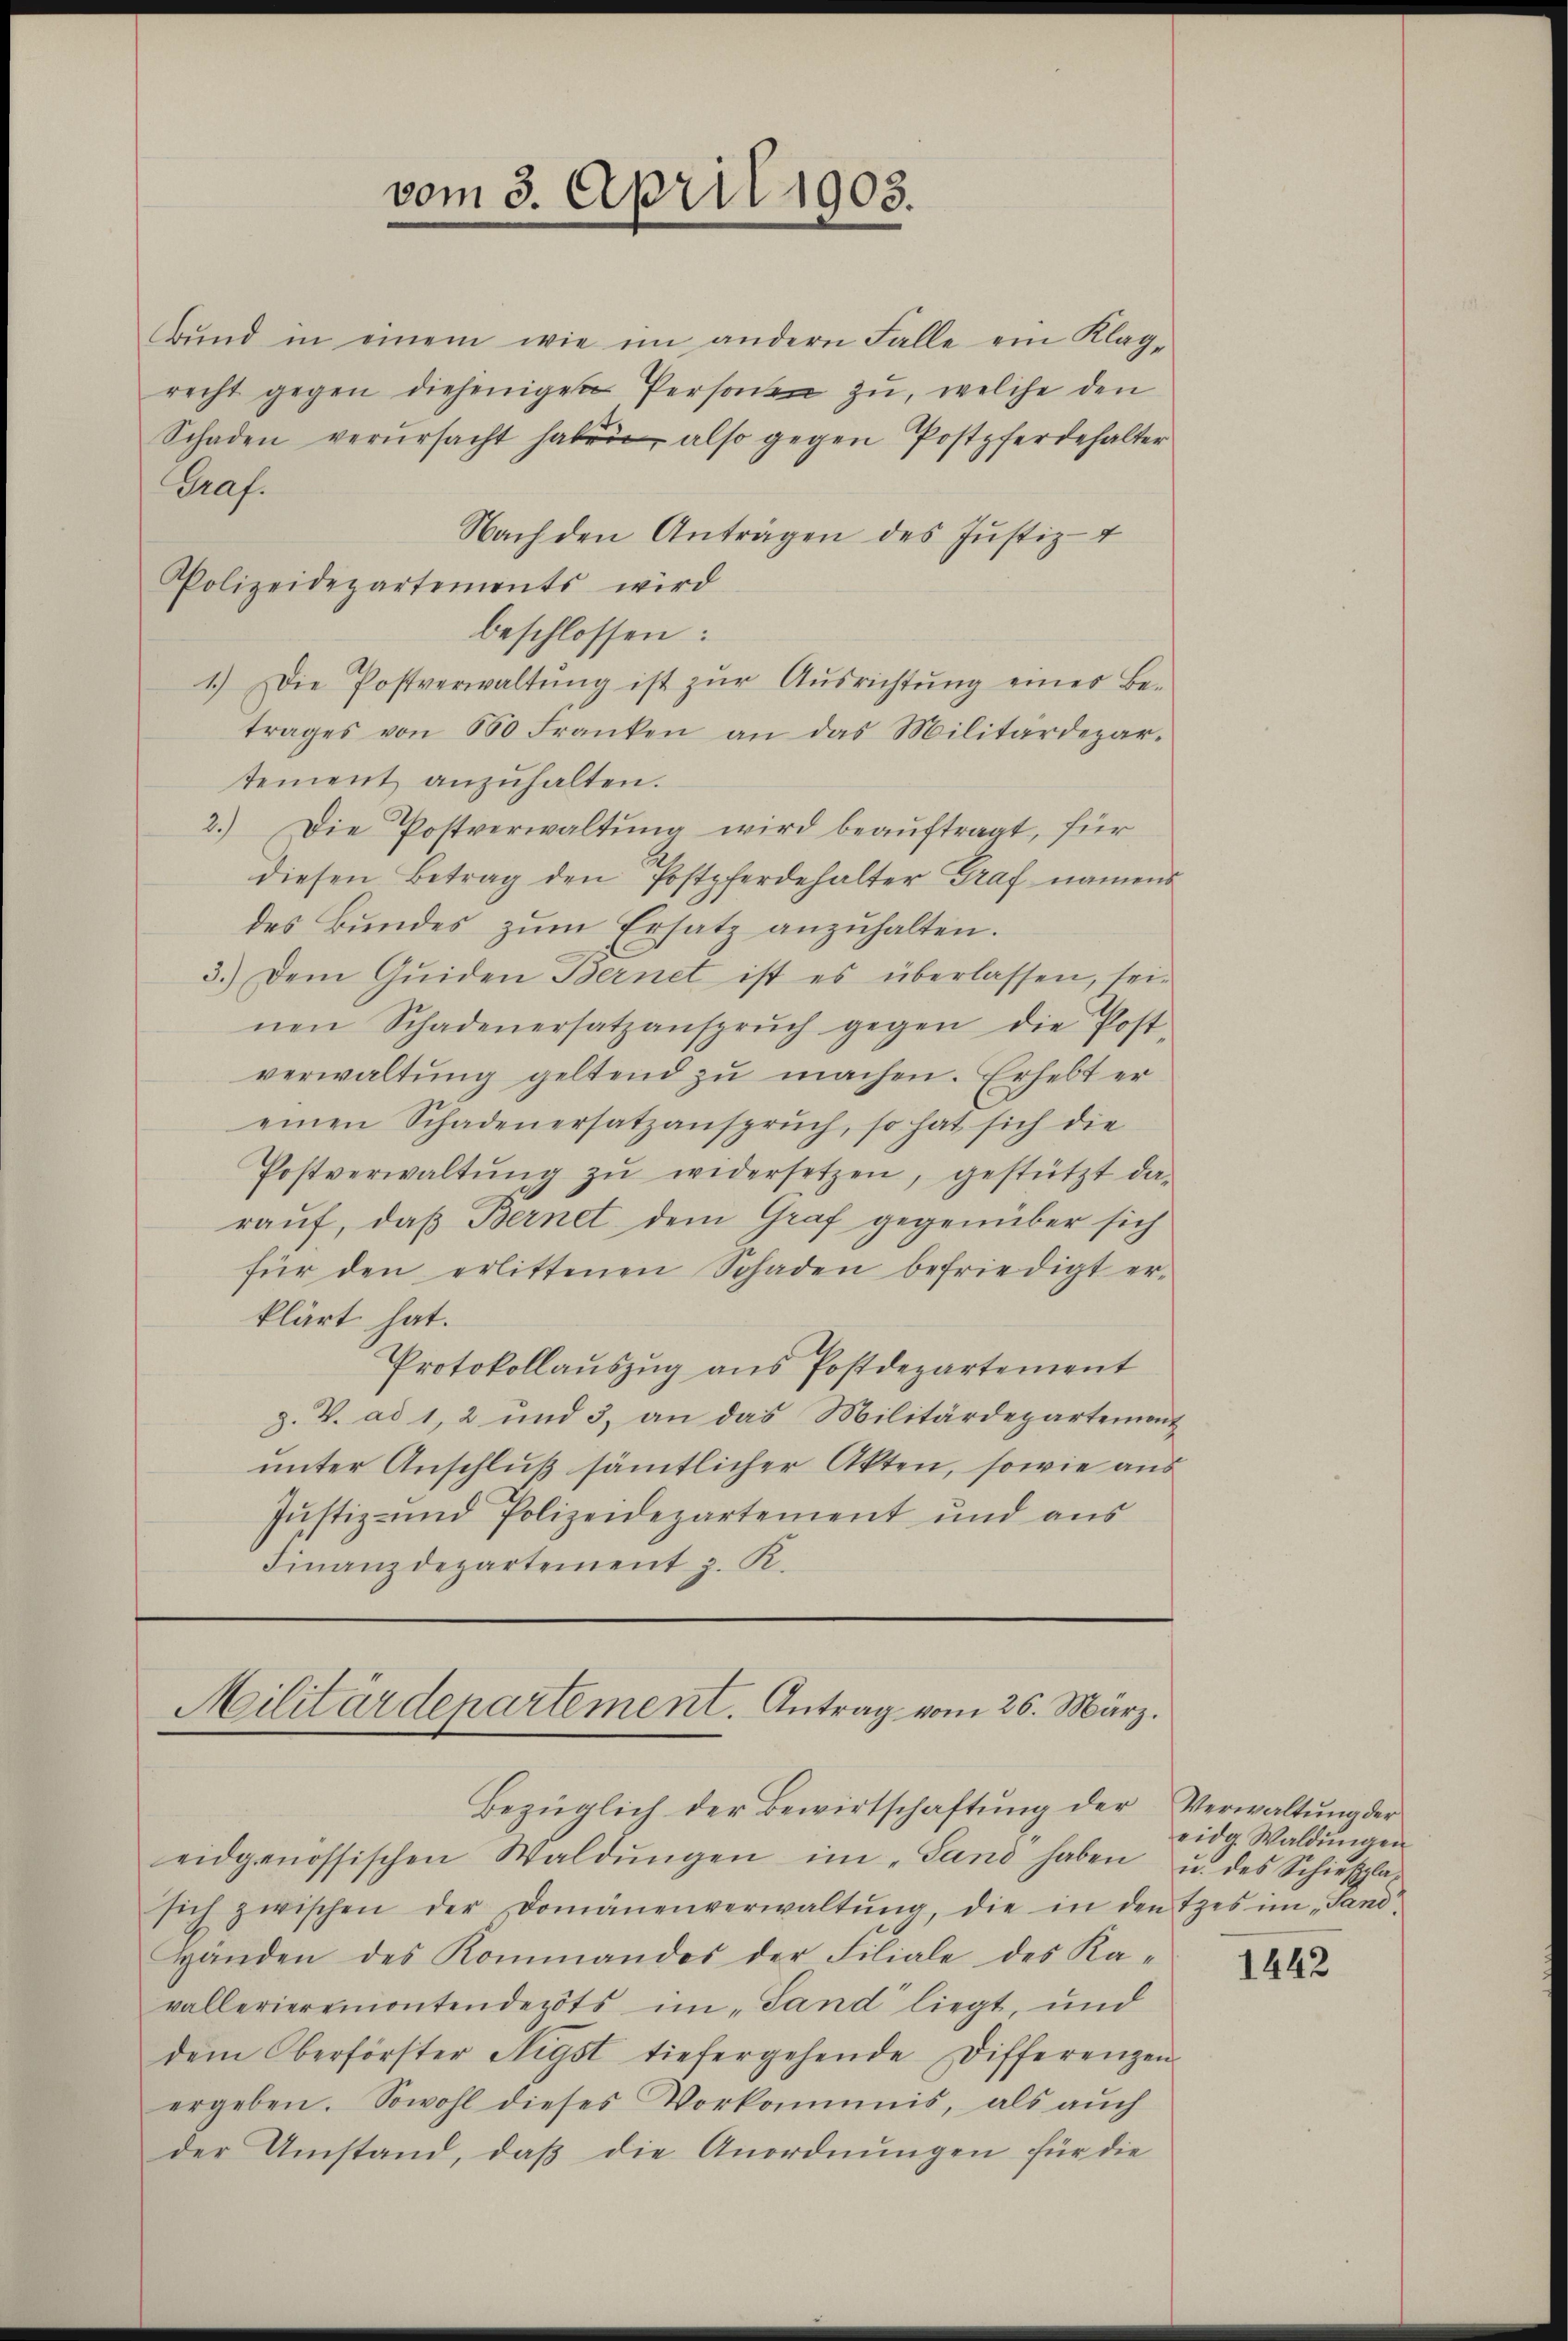
bŭnd in einem wie im andern Falle ein Klag-
recht gegen diejenigen Person zu, welche den
Schaden verŭrsacht habe, also gegen Postpferdehalter
Graf.
Nach den Anträgen des Justiz-
beschlossen:
1.) Die Postverwaltŭng ist zŭr Aŭsrichtŭng einer Be-
trages von 600 Franken an das Militärdepar-
tement anzŭhalten.
2.) Die Postverwaltŭng wird beaŭftragt, für
diesen Betrag den Postpferdehalter Graf namens
des Bundes zŭm Ersatz anzŭhalten.
3.) Dem Gŭiden Bernet ist es überlassen, sei-
nen Schadenersatzansprŭch gegen die Post-
verwaltŭng geltend zŭ machen. Erhebt er
einen Schadenersatzanspruch, so hat sich die
Postverwaltŭng zŭ widersetzen, gestützt da-
rauf, daß Bernet dem Graf gegenüber sich
für den erlittenen Schaden befriedigt er-
klärt hat.
Protokollauszug aus Postdepartement
g. V. ad 1, 2 und 3, an das Militärdepartement
unter Anschluß sämtlicher Akten, sowie aus
Justiz- und Polizeidepartement und aus
Finanzdepartement z. K.

Polizeidepartements wird

vom 3. April 1903.

Militärdepartement. Antrag vom 26. März.
Bezüglich der Bewirtschaftung der

eidgenössischen Waldŭngen im „Sand haben
sich zwischen der Domänenverwaltŭng, die in den tzes im Sand-
Händen des Kommandos der Filiale des Ka-
vallerieremontendepots im Sand liegt, und
dem Oberförster Nigst tiefergehende Differenzen.
ergeben. Sowohl dieses Vorkommis, als aŭch
der Umstand, daß die Anordnungen für die

Verwaltung der
eidg. Waldŭngen
u. des Schießpla

1442